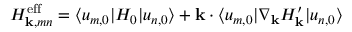
H _ { \mathbf { k } , m n } ^ { \mathrm { { e f f } } } = \langle u _ { m , 0 } | H _ { 0 } | u _ { n , 0 } \rangle + \mathbf { k } \cdot \langle u _ { m , 0 } | \nabla _ { \mathbf { k } } H _ { \mathbf { k } } ^ { \prime } | u _ { n , 0 } \rangle